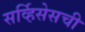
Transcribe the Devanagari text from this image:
सर्व्हिसेसची